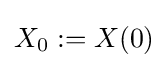
X_{0}:=X(0)